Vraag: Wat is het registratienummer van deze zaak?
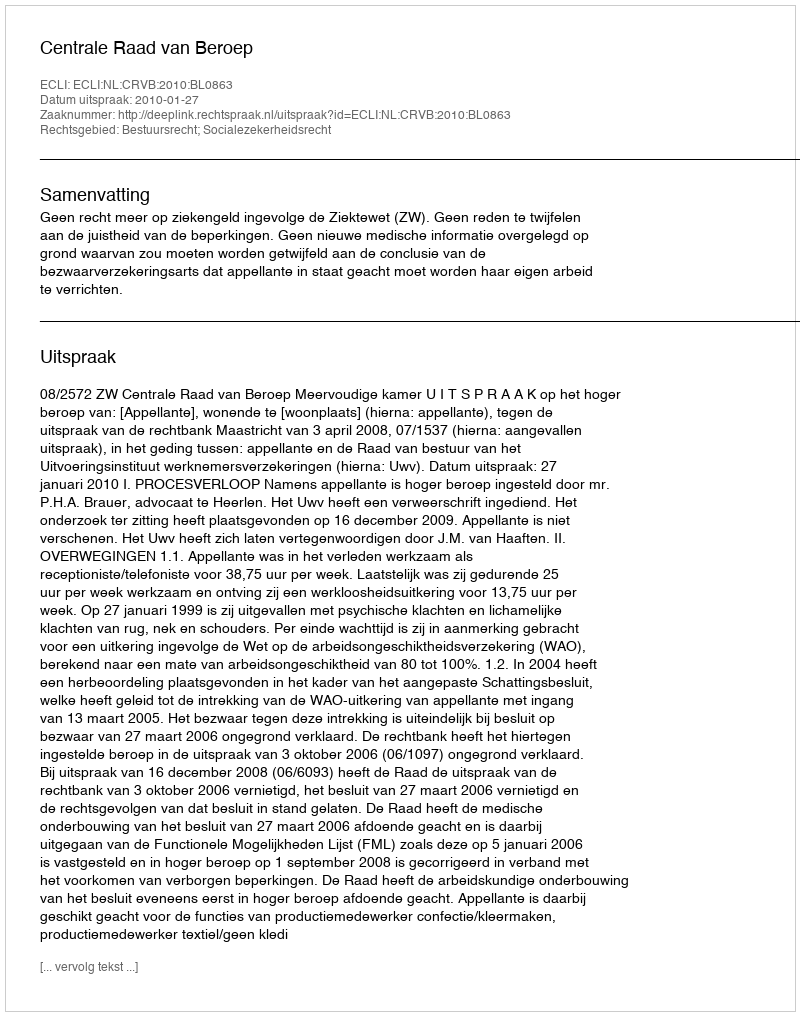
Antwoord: http://deeplink.rechtspraak.nl/uitspraak?id=ECLI:NL:CRVB:2010:BL0863